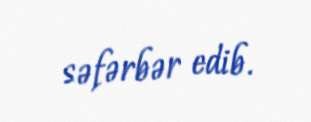
səfərbər edib.